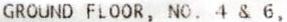
GROUND FLOOR, NO. 4 & 6,